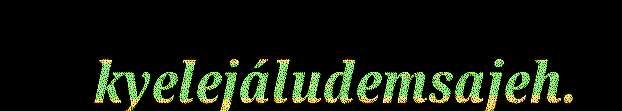
kyelejáludemsajeh.